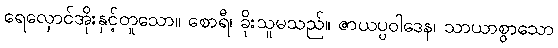
ရေလှောင်အိုးနှင့်တူသော။ စောရီ၊ ခိုးသူမသည်။ ဇာယပ္ပဝါဒေန၊ သာယာစွာသော